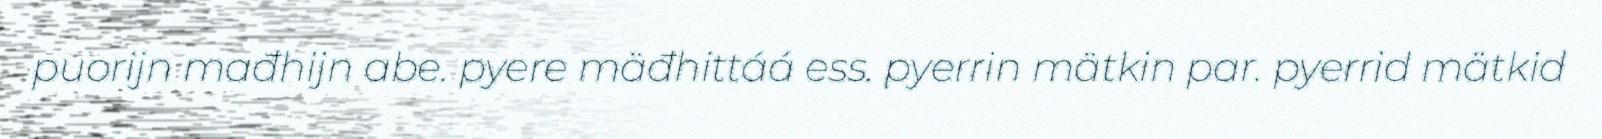
puorijn mađhijn abe. pyere mäđhittáá ess. pyerrin mätkin par. pyerrid mätkid